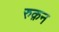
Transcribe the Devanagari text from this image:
रुक़न